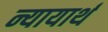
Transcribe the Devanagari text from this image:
न्यायार्थ